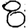
Digit: 8